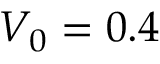
V _ { 0 } = 0 . 4